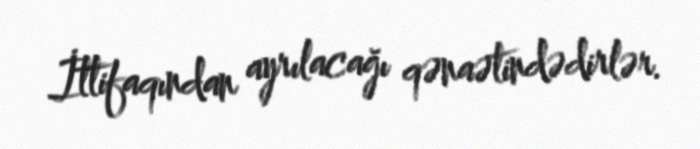
İttifaqından ayrılacağı qənaətindədirlər.